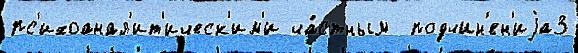
пс'ихоанал'ит'ическ'им'и ча́стным  подчин'ен'иjа3